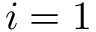
i = 1